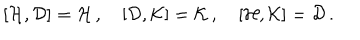
LaTeX: [ { \cal H } , { \cal D } ] = { \cal H } \, , \quad [ { \cal D } , { \cal K } ] = { \cal K } \, , \quad [ { \cal H } , { \cal K } ] = { \cal D } \, .